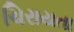
ચિરાયતા